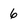
Character: 6